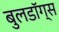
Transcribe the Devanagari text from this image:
बुलडॉग्‍स